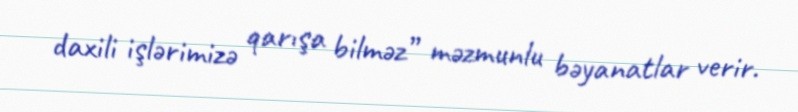
daxili işlərimizə qarışa bilməz” məzmunlu bəyanatlar verir.